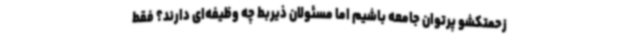
زحمتکشو پرتوان جامعه باشیم اما مسئولان ذیربط چه وظیفه‌ای دارند؟ فقط